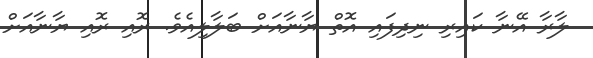
ލާރާ އޭނާ ކައިރި ނިދިފައި އޮތް ޔާނާއަށް ބަލާލިއެވެ. ރޮއި ރޮއި ޔާނާއަށް